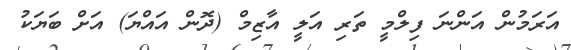
އަރަމުން އަންނަ ފިލްމީ ތަރި އަލީ އާޒިމް (ދޮން އައްޔަ) އަށް ބަޔަކު